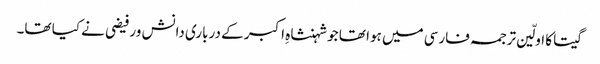
گیتا کا اولّین ترجمہ فارسی میں ہوا تھا جو شہنشاہِ اکبر کے درباری دانش ور فیضی نے کیا تھا۔